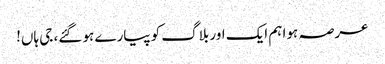
عرصہ ہوا ہم ایک اور بلاگ کو پیارے ہو گئے، جی ہاں!